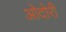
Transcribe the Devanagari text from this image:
ओदोरी